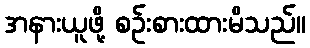
အနားယူဖို့ စဉ်းစားထားမိသည်။